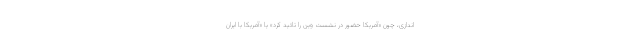
اندازی، چون «آمریکا حضور در نشست وین را تائید کرد» یا «آمریکا با ایران